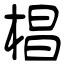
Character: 椙